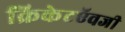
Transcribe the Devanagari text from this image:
क्रिकेटऍवजी